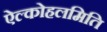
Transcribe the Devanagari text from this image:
ऐल्कोहलमिति